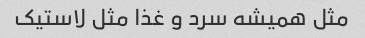
مثل همیشه سرد و غذا مثل لاستیک